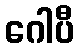
ဂေါပီ